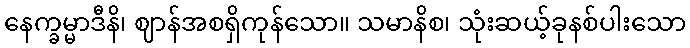
နေက္ခမ္မာဒီနိ၊ ဈာန်အစရှိကုန်သော။ သမာနိစ၊ သုံးဆယ့်ခုနစ်ပါးသော